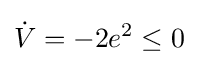
{\dot {V}}=-2e^{2}\leq 0